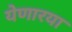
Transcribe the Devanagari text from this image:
येणारया